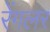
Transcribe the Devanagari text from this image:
रेंगलर